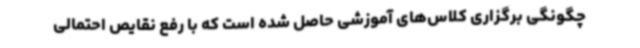
چگونگی برگزاری کلاس‌های آموزشی حاصل شده است که با رفع نقایص احتمالی